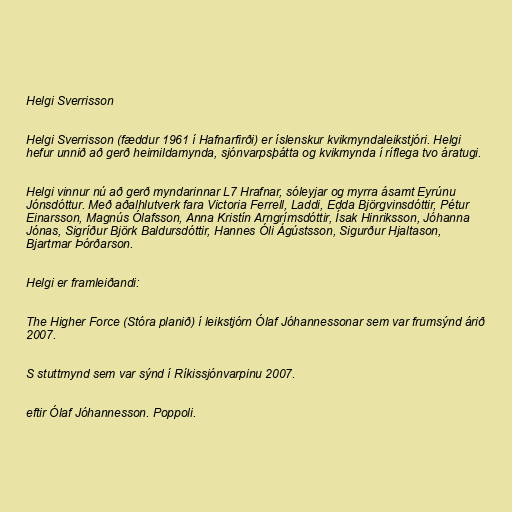
Helgi Sverrisson

Helgi Sverrisson (fæddur 1961 í Hafnarfirði) er íslenskur kvikmyndaleikstjóri. Helgi
hefur unnið að gerð heimildamynda, sjónvarpsþátta og kvikmynda í ríflega tvo áratugi.

Helgi vinnur nú að gerð myndarinnar L7 Hrafnar, sóleyjar og myrra ásamt Eyrúnu
Jónsdóttur. Með aðalhlutverk fara Victoria Ferrell, Laddi, Edda Björgvinsdóttir, Pétur
Einarsson, Magnús Ólafsson, Anna Kristín Arngrímsdóttir, Ísak Hinriksson, Jóhanna
Jónas, Sigríður Björk Baldursdóttir, Hannes Óli Ágústsson, Sigurður Hjaltason,
Bjartmar Þórðarson.

Helgi er framleiðandi:

The Higher Force (Stóra planið) í leikstjórn Ólaf Jóhannessonar sem var frumsýnd árið
2007.

S stuttmynd sem var sýnd í Ríkissjónvarpinu 2007.

eftir Ólaf Jóhannesson. Poppoli.